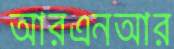
আরএনআর